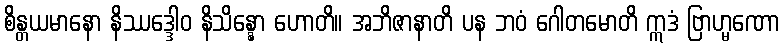
စိန္တယမာနော နိဿဒ္ဒေါဝ နိသိန္နော ဟောတိ။ အဘိဇာနာတိ ပန ဘဝံ ဂေါတမောတိ ဣဒံ ဗြာဟ္မဏော